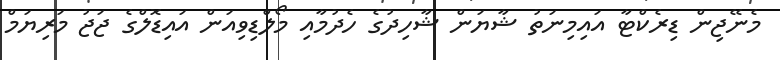
މެނޭޖިން ޑިރެކްޓާ އައިމިނަތު ޝާޔަން ޝާހިދުގެ ހެދުމާއި މޯލްޑިވިއަން އައިޑޮލްގެ ޖަޖު މަރިޔަމް